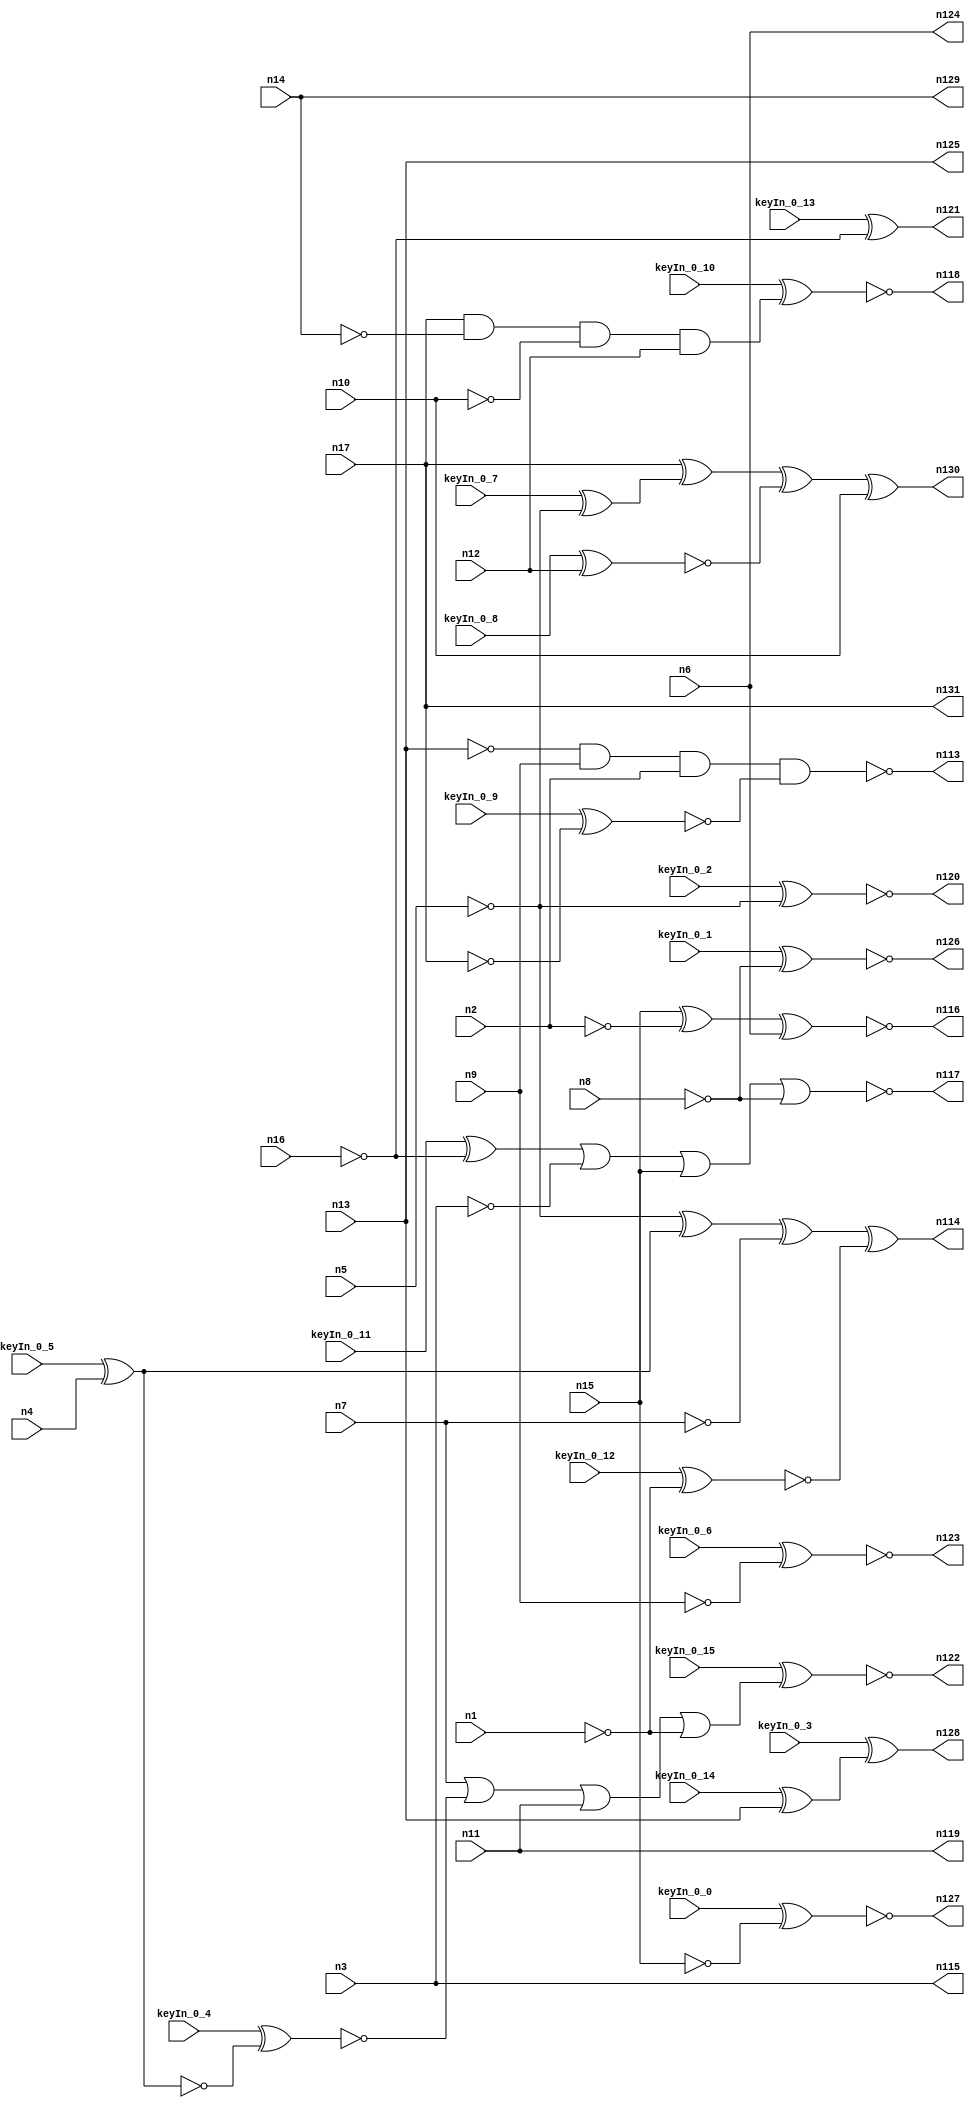


module Stat_114_49
(
  n1,
  n2,
  n3,
  n4,
  n5,
  n6,
  n7,
  n8,
  n9,
  n10,
  n11,
  n12,
  n13,
  n14,
  n15,
  n16,
  n17,
  n130,
  n118,
  n131,
  n123,
  n115,
  n117,
  n114,
  n120,
  n128,
  n121,
  n119,
  n126,
  n129,
  n124,
  n116,
  n125,
  n127,
  n122,
  n113,
  keyIn_0_0,
  keyIn_0_1,
  keyIn_0_2,
  keyIn_0_3,
  keyIn_0_4,
  keyIn_0_5,
  keyIn_0_6,
  keyIn_0_7,
  keyIn_0_8,
  keyIn_0_9,
  keyIn_0_10,
  keyIn_0_11,
  keyIn_0_12,
  keyIn_0_13,
  keyIn_0_14,
  keyIn_0_15
);

  input n1;
  input n2;
  input n3;
  input n4;
  input n5;
  input n6;
  input n7;
  input n8;
  input n9;
  input n10;
  input n11;
  input n12;
  input n13;
  input n14;
  input n15;
  input n16;
  input n17;
  input keyIn_0_0;
  input keyIn_0_1;
  input keyIn_0_2;
  input keyIn_0_3;
  input keyIn_0_4;
  input keyIn_0_5;
  input keyIn_0_6;
  input keyIn_0_7;
  input keyIn_0_8;
  input keyIn_0_9;
  input keyIn_0_10;
  input keyIn_0_11;
  input keyIn_0_12;
  input keyIn_0_13;
  input keyIn_0_14;
  input keyIn_0_15;
  output n130;
  output n118;
  output n131;
  output n123;
  output n115;
  output n117;
  output n114;
  output n120;
  output n128;
  output n121;
  output n119;
  output n126;
  output n129;
  output n124;
  output n116;
  output n125;
  output n127;
  output n122;
  output n113;
  wire n18;
  wire n19;
  wire n20;
  wire n21;
  wire n22;
  wire n23;
  wire n24;
  wire n25;
  wire n26;
  wire n27;
  wire n28;
  wire n29;
  wire n30;
  wire n31;
  wire n32;
  wire n33;
  wire n34;
  wire n35;
  wire n36;
  wire n37;
  wire n38;
  wire n39;
  wire n40;
  wire n41;
  wire n42;
  wire n43;
  wire n44;
  wire n45;
  wire n46;
  wire n47;
  wire n48;
  wire n49;
  wire n50;
  wire n51;
  wire n52;
  wire n53;
  wire n54;
  wire n55;
  wire n56;
  wire n57;
  wire n58;
  wire n59;
  wire n60;
  wire n61;
  wire n62;
  wire n63;
  wire n64;
  wire n65;
  wire n66;
  wire n67;
  wire n68;
  wire n69;
  wire n70;
  wire n71;
  wire n72;
  wire n73;
  wire n74;
  wire n75;
  wire n76;
  wire n77;
  wire n78;
  wire n79;
  wire n80;
  wire n81;
  wire n82;
  wire n83;
  wire n84;
  wire n85;
  wire n86;
  wire n87;
  wire n88;
  wire n89;
  wire n90;
  wire n91;
  wire n92;
  wire n93;
  wire n94;
  wire n95;
  wire n96;
  wire n97;
  wire n98;
  wire n99;
  wire n100;
  wire n101;
  wire n102;
  wire n103;
  wire n104;
  wire n105;
  wire n106;
  wire n107;
  wire n108;
  wire n109;
  wire n110;
  wire n111;
  wire n112;
  wire KeyWire_0_0;
  wire KeyWire_0_1;
  wire KeyNOTWire_0_1;
  wire KeyWire_0_2;
  wire KeyNOTWire_0_2;
  wire KeyWire_0_3;
  wire KeyWire_0_4;
  wire KeyNOTWire_0_4;
  wire KeyWire_0_5;
  wire KeyNOTWire_0_5;
  wire KeyWire_0_6;
  wire KeyWire_0_7;
  wire KeyWire_0_8;
  wire KeyWire_0_9;
  wire KeyWire_0_10;
  wire KeyWire_0_11;
  wire KeyNOTWire_0_11;
  wire KeyWire_0_12;
  wire KeyNOTWire_0_12;
  wire KeyWire_0_13;
  wire KeyWire_0_14;
  wire KeyWire_0_15;
  wire KeyNOTWire_0_15;

  buf
  g0
  (
    n32,
    n17
  );


  buf
  g1
  (
    n26,
    n7
  );


  buf
  g2
  (
    n20,
    n11
  );


  not
  g3
  (
    n24,
    n6
  );


  not
  g4
  (
    n18,
    n9
  );


  buf
  g5
  (
    n25,
    n17
  );


  buf
  g6
  (
    n23,
    n12
  );


  buf
  g7
  (
    n28,
    n15
  );


  buf
  g8
  (
    n30,
    n14
  );


  not
  g9
  (
    n35,
    n13
  );


  buf
  g10
  (
    n27,
    n10
  );


  not
  g11
  (
    n22,
    n16
  );


  buf
  g12
  (
    n34,
    n5
  );


  not
  g13
  (
    n33,
    n3
  );


  buf
  g14
  (
    n21,
    n1
  );


  buf
  g15
  (
    KeyWire_0_5,
    n4
  );


  buf
  g16
  (
    n31,
    n2
  );


  buf
  g17
  (
    n29,
    n8
  );


  not
  g18
  (
    n41,
    n31
  );


  buf
  g19
  (
    n63,
    n34
  );


  not
  g20
  (
    n43,
    n24
  );


  not
  g21
  (
    n65,
    n20
  );


  buf
  g22
  (
    n52,
    n27
  );


  not
  g23
  (
    n39,
    n35
  );


  not
  g24
  (
    KeyWire_0_4,
    n19
  );


  buf
  g25
  (
    n49,
    n26
  );


  not
  g26
  (
    n42,
    n24
  );


  buf
  g27
  (
    n45,
    n35
  );


  not
  g28
  (
    n36,
    n27
  );


  not
  g29
  (
    KeyWire_0_1,
    n29
  );


  not
  g30
  (
    n72,
    n30
  );


  buf
  g31
  (
    n50,
    n35
  );


  not
  g32
  (
    n60,
    n31
  );


  not
  g33
  (
    n70,
    n33
  );


  buf
  g34
  (
    n55,
    n22
  );


  not
  g35
  (
    n44,
    n18
  );


  not
  g36
  (
    n66,
    n29
  );


  not
  g37
  (
    n61,
    n23
  );


  not
  g38
  (
    n37,
    n22
  );


  buf
  g39
  (
    n68,
    n18
  );


  not
  g40
  (
    n40,
    n34
  );


  not
  g41
  (
    n47,
    n28
  );


  not
  g42
  (
    KeyWire_0_7,
    n34
  );


  buf
  g43
  (
    n69,
    n25
  );


  not
  g44
  (
    n38,
    n30
  );


  buf
  g45
  (
    n58,
    n20
  );


  buf
  g46
  (
    n51,
    n19
  );


  buf
  g47
  (
    n57,
    n33
  );


  buf
  g48
  (
    n73,
    n28
  );


  buf
  g49
  (
    n62,
    n23
  );


  buf
  g50
  (
    n54,
    n32
  );


  not
  g51
  (
    n46,
    n21
  );


  not
  g52
  (
    n67,
    n26
  );


  not
  g53
  (
    KeyWire_0_12,
    n21
  );


  buf
  g54
  (
    n53,
    n32
  );


  not
  g55
  (
    KeyWire_0_9,
    n25
  );


  not
  g56
  (
    n76,
    n49
  );


  not
  g57
  (
    n104,
    n68
  );


  buf
  g58
  (
    KeyWire_0_14,
    n39
  );


  buf
  g59
  (
    n107,
    n38
  );


  buf
  g60
  (
    KeyWire_0_11,
    n55
  );


  buf
  g61
  (
    n106,
    n43
  );


  not
  g62
  (
    KeyWire_0_13,
    n37
  );


  buf
  g63
  (
    n92,
    n42
  );


  buf
  g64
  (
    n90,
    n51
  );


  not
  g65
  (
    n75,
    n65
  );


  buf
  g66
  (
    n83,
    n66
  );


  not
  g67
  (
    n112,
    n60
  );


  not
  g68
  (
    n103,
    n64
  );


  buf
  g69
  (
    n91,
    n53
  );


  buf
  g70
  (
    n78,
    n69
  );


  not
  g71
  (
    n93,
    n40
  );


  buf
  g72
  (
    n97,
    n72
  );


  not
  g73
  (
    n96,
    n36
  );


  buf
  g74
  (
    n85,
    n46
  );


  buf
  g75
  (
    n98,
    n48
  );


  not
  g76
  (
    n79,
    n71
  );


  buf
  g77
  (
    n88,
    n57
  );


  buf
  g78
  (
    n105,
    n73
  );


  buf
  g79
  (
    n89,
    n58
  );


  not
  g80
  (
    n99,
    n61
  );


  buf
  g81
  (
    n101,
    n41
  );


  buf
  g82
  (
    n102,
    n54
  );


  not
  g83
  (
    n86,
    n59
  );


  not
  g84
  (
    n77,
    n52
  );


  not
  g85
  (
    n84,
    n67
  );


  not
  g86
  (
    KeyWire_0_0,
    n73
  );


  not
  g87
  (
    n80,
    n63
  );


  buf
  g88
  (
    KeyWire_0_8,
    n62
  );


  buf
  g89
  (
    n109,
    n56
  );


  buf
  g90
  (
    n82,
    n50
  );


  not
  g91
  (
    n111,
    n70
  );


  not
  g92
  (
    KeyWire_0_6,
    n44
  );


  buf
  g93
  (
    n81,
    n45
  );


  not
  g94
  (
    n95,
    n47
  );


  not
  g95
  (
    n115,
    n88
  );


  buf
  g96
  (
    n123,
    n108
  );


  not
  g97
  (
    n129,
    n107
  );


  buf
  g98
  (
    n124,
    n106
  );


  buf
  g99
  (
    n119,
    n75
  );


  buf
  g100
  (
    KeyWire_0_3,
    n100
  );


  buf
  g101
  (
    n126,
    n98
  );


  buf
  g102
  (
    n131,
    n78
  );


  not
  g103
  (
    n125,
    n82
  );


  not
  g104
  (
    KeyWire_0_2,
    n93
  );


  not
  g105
  (
    n127,
    n110
  );


  not
  g106
  (
    n121,
    n94
  );


  xnor
  g107
  (
    n116,
    n105,
    n101,
    n92
  );


  xor
  g108
  (
    n130,
    n102,
    n109,
    n87,
    n96
  );


  and
  g109
  (
    KeyWire_0_10,
    n91,
    n97,
    n77,
    n99
  );


  xor
  g110
  (
    n114,
    n80,
    n90,
    n76,
    n79
  );


  nor
  g111
  (
    n117,
    n74,
    n111,
    n95,
    n83
  );


  nand
  g112
  (
    n113,
    n81,
    n104,
    n112,
    n86
  );


  or
  g113
  (
    KeyWire_0_15,
    n84,
    n103,
    n89,
    n85
  );


  xor
  KeyGate_0_0
  (
    n110,
    keyIn_0_0,
    KeyWire_0_0
  );


  xor
  KeyGate_0_1
  (
    KeyNOTWire_0_1,
    keyIn_0_1,
    KeyWire_0_1
  );


  not
  KeyNOTGate_0_1
  (
    n48,
    KeyNOTWire_0_1
  );


  xor
  KeyGate_0_2
  (
    KeyNOTWire_0_2,
    keyIn_0_2,
    KeyWire_0_2
  );


  not
  KeyNOTGate_0_2
  (
    n120,
    KeyNOTWire_0_2
  );


  xor
  KeyGate_0_3
  (
    n128,
    keyIn_0_3,
    KeyWire_0_3
  );


  xnor
  KeyGate_0_4
  (
    KeyNOTWire_0_4,
    keyIn_0_4,
    KeyWire_0_4
  );


  not
  KeyNOTGate_0_4
  (
    n64,
    KeyNOTWire_0_4
  );


  xnor
  KeyGate_0_5
  (
    KeyNOTWire_0_5,
    keyIn_0_5,
    KeyWire_0_5
  );


  not
  KeyNOTGate_0_5
  (
    n19,
    KeyNOTWire_0_5
  );


  xnor
  KeyGate_0_6
  (
    n108,
    keyIn_0_6,
    KeyWire_0_6
  );


  xor
  KeyGate_0_7
  (
    n56,
    keyIn_0_7,
    KeyWire_0_7
  );


  xnor
  KeyGate_0_8
  (
    n87,
    keyIn_0_8,
    KeyWire_0_8
  );


  xor
  KeyGate_0_9
  (
    n59,
    keyIn_0_9,
    KeyWire_0_9
  );


  xnor
  KeyGate_0_10
  (
    n118,
    keyIn_0_10,
    KeyWire_0_10
  );


  xnor
  KeyGate_0_11
  (
    KeyNOTWire_0_11,
    keyIn_0_11,
    KeyWire_0_11
  );


  not
  KeyNOTGate_0_11
  (
    n74,
    KeyNOTWire_0_11
  );


  xnor
  KeyGate_0_12
  (
    KeyNOTWire_0_12,
    keyIn_0_12,
    KeyWire_0_12
  );


  not
  KeyNOTGate_0_12
  (
    n71,
    KeyNOTWire_0_12
  );


  xnor
  KeyGate_0_13
  (
    n94,
    keyIn_0_13,
    KeyWire_0_13
  );


  xor
  KeyGate_0_14
  (
    n100,
    keyIn_0_14,
    KeyWire_0_14
  );


  xor
  KeyGate_0_15
  (
    KeyNOTWire_0_15,
    keyIn_0_15,
    KeyWire_0_15
  );


  not
  KeyNOTGate_0_15
  (
    n122,
    KeyNOTWire_0_15
  );


endmodule